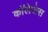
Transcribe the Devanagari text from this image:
काॅलेजेस